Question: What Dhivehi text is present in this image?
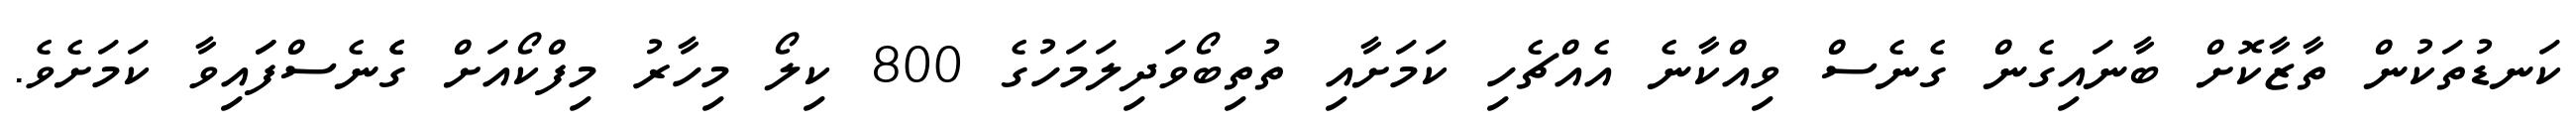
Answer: ކަނޑުތަކުން ތާޒާކޮށް ބާނައިގެން ގެނެސް ވިއްކާނެ އެއްޗެހި ކަމަށާއި ތުތިބޯވަދިލަމަހުގެ 800 ކިލޯ މިހާރު މިފްކޯއަށް ގެެނެސްފަައިވާ ކަމަށެވެ.